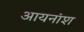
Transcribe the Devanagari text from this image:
आयनांश